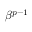
\beta ^ { p - 1 }